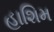
હાશિમ